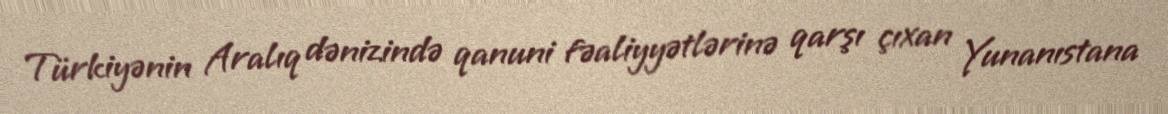
Türkiyənin Aralıq dənizində qanuni fəaliyyətlərinə qarşı çıxan Yunanıstana